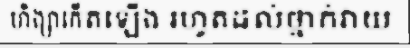
ហិង្សាកើតឡើង រហូតដល់ថ្នាក់វាយ